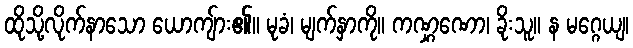
ထိုသို့လိုက်နာသော ယောကျ်ား၏။ မုခံ၊ မျက်နှာကို။ ကဏ္ဋဏော၊ ခိုးသူ။ န မဂ္ဂေယျ၊